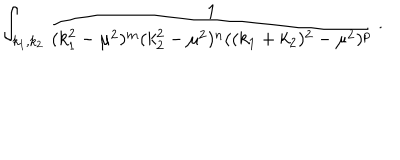
\int _ { k _ { 1 } , k _ { 2 } } \frac { 1 } { ( k _ { 1 } ^ { 2 } - \mu ^ { 2 } ) ^ { m } ( k _ { 2 } ^ { 2 } - \mu ^ { 2 } ) ^ { n } ( ( k _ { 1 } + k _ { 2 } ) ^ { 2 } - \mu ^ { 2 } ) ^ { p } } \, .